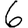
Digit: 6